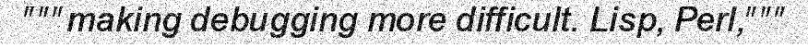
"""making debugging more difficult. Lisp, Perl,"""